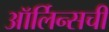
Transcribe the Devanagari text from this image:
ऑर्लिन्सची